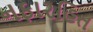
નફારહિત